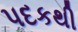
પદકથી